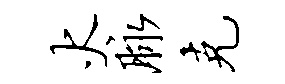
火脉克